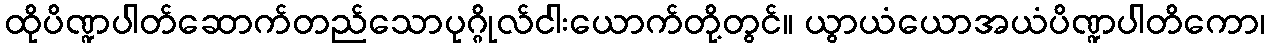
ထိုပိဏ္ဍပါတ်ဆောက်တည်သောပုဂ္ဂိုလ်ငါးယောက်တို့တွင်။ ယွာယံယောအယံပိဏ္ဍပါတိကော၊